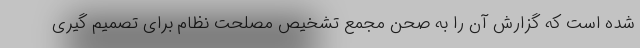
شده است که گزارش آن را به صحن مجمع تشخیص مصلحت نظام برای تصمیم گیری